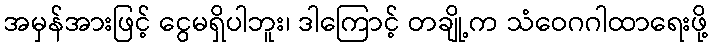
အမှန်အားဖြင့် ငွေမရှိပါဘူး၊ ဒါကြောင့် တချို့က သံဝေဂဂါထာရေးဖို့